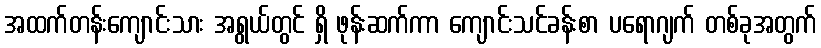
အထက်တန်းကျောင်းသား အရွယ်တွင် ရှိ ဖုန်းဆက်ကာ ကျောင်းသင်ခန်းစာ ပရောဂျက် တစ်ခုအတွက်